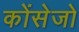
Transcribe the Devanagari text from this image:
कोंसेजो